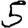
Digit: 5